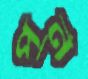
পুর্ন